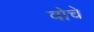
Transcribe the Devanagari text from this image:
वोचे